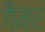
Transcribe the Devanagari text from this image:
गैमर